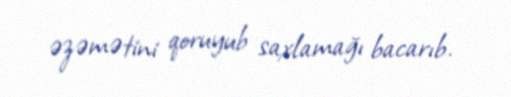
əzəmətini qoruyub saxlamağı bacarıb.